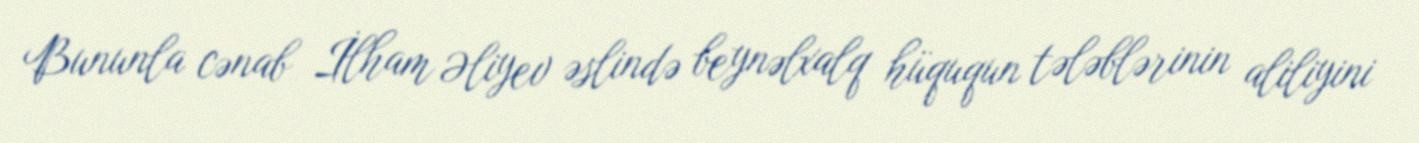
Bununla cənab İlham Əliyev əslində beynəlxalq hüququn tələblərinin aliliyini